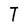
Character: T